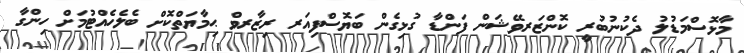
މާޅޮސްމަޑުލު ދެކުނުބުރީ ކޮންޒަރވޭޝަން ފަންޑާ ގުޅިގެން ބަޔޮސްފިއަރ ރިޒާރވް ޙިމާޔަތްކޮށް ބެލެހެއްޓުމަށް ހިންގާ